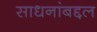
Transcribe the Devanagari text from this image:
साधनांबद्दल